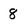
Character: 8